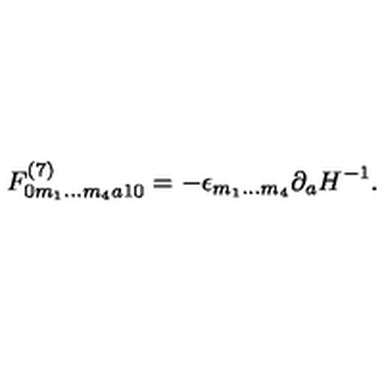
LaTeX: F _ { 0 m _ { 1 } \ldots m _ { 4 } a 1 0 } ^ { ( 7 ) } = - \epsilon _ { m _ { 1 } \ldots m _ { 4 } } \partial _ { a } H ^ { - 1 } .